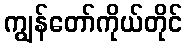
ကျွန်တော်ကိုယ်တိုင်